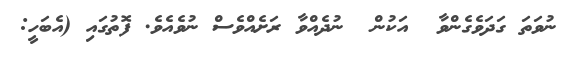
ނުވަތަ ގަދަވެގެންވާ  އަކުން  ނުދެއްވާ ރަށެއްވެސް ނުވެއެވެ. ފޮތުގައި (އެބަހީ: